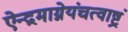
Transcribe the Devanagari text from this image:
ऐन्द्रमाग्नेयंचत्वाष्ट्रं